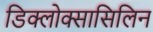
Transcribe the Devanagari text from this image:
डिक्लोक्सासिलिन